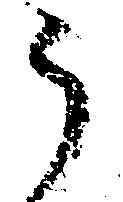
う